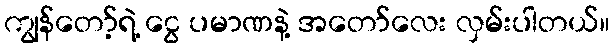
ကျွန်တော့်ရဲ့ ငွေ ပမာဏနဲ့ အတော်လေး လှမ်းပါတယ်။